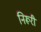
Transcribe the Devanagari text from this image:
निरूरी